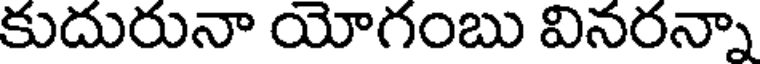
కుదురునా యోగంబు వినరన్నా